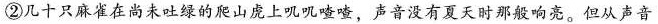
②几十只麻雀在尚未吐绿的爬山庞上叽叽喳喳，声音没有夏天时那般响亮。但从声音